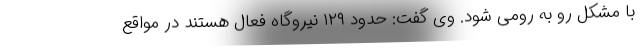
با مشکل رو به رومی شود. وی گفت: حدود ۱۲۹ نیروگاه فعال هستند در مواقع